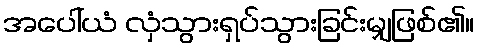
အပေါ်ယံ လှံသွားရှပ်သွားခြင်းမျှဖြစ်၏။